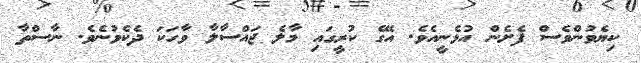
ކިޔެވުންވެސް ފެށެން އުޅެނީއެވެ. އޭގެ ކުރީގައި މާލެ ޖައްސާލާ ވާހަކަ ދެކެވުނެވެ. ނާސްތާ